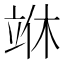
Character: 𰩣